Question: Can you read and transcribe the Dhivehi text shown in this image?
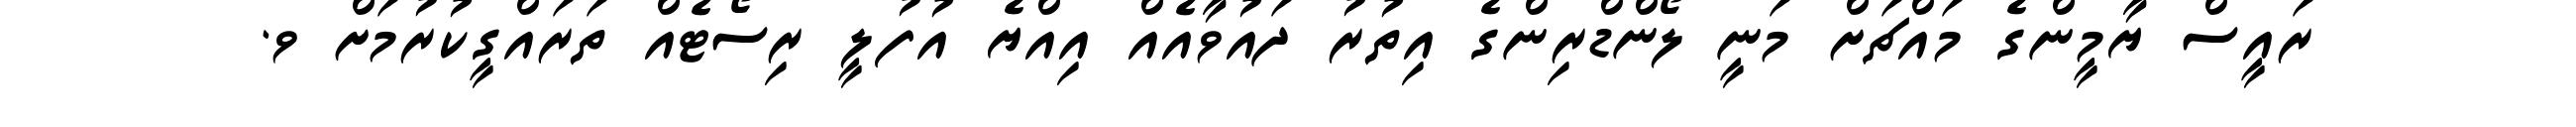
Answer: ރައީސް ޔާމީންގެ މައްޗަށް މަނީ ލޯންޑްރިންގެ އިތުރު ދައުވާއެއް އިއްޔެ އުފުލީ ރިސޯޓެއް ތަރައްގީކުރުމަށް ވ.